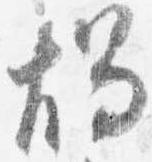
燭